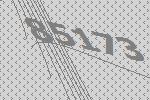
85173